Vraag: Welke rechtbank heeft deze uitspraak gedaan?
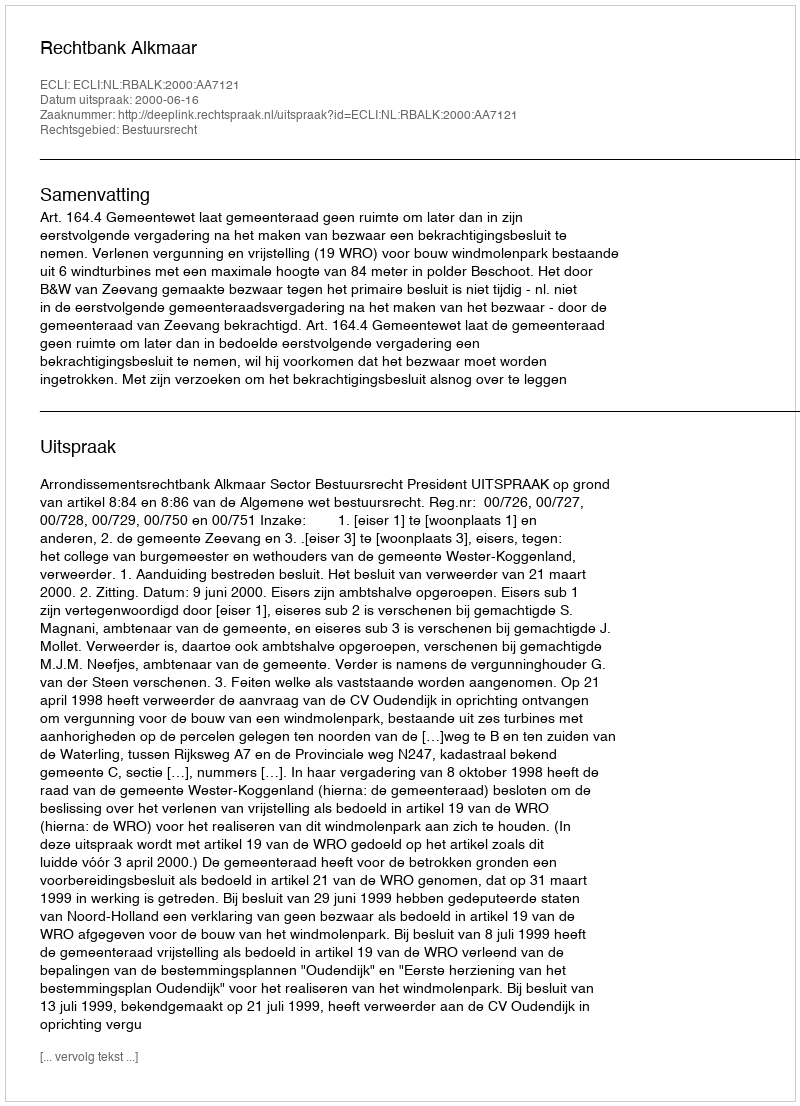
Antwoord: Rechtbank Alkmaar